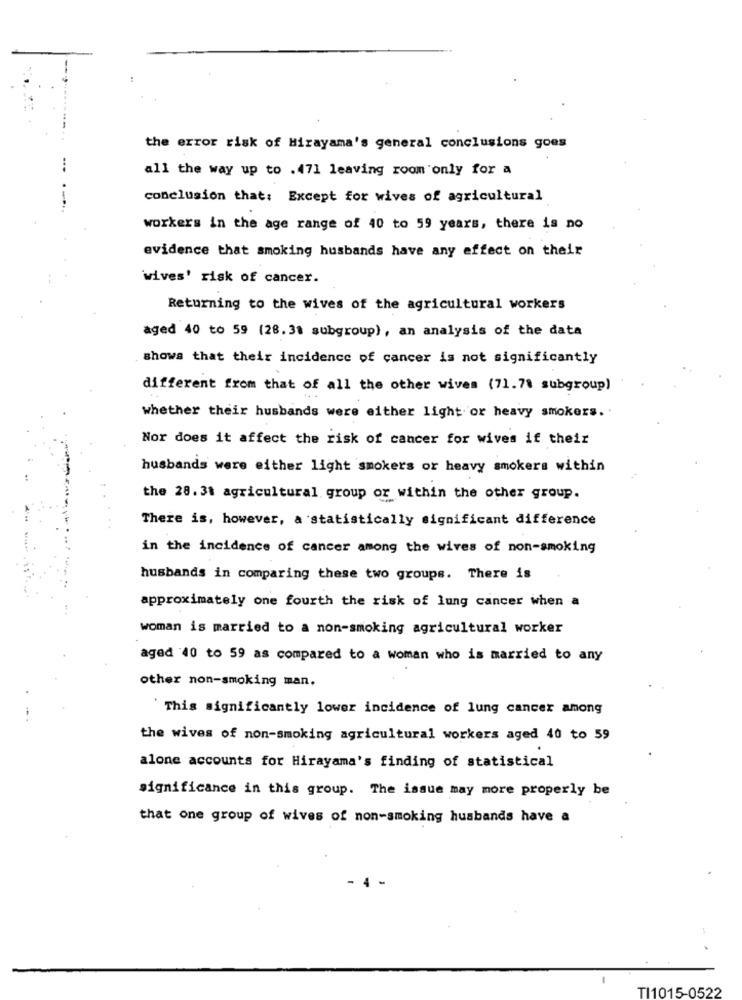
the error risk of Hirayama's general conclusions goes
all the way up to .471 leaving room only for a
conclusion that: Except for wives of agricultural
-
workers in the age range of 40 to 59 years, there is no
evidence that smoking husbands have any effect on their
wives' risk of cancer.
Returning to the wives of the agricultural workers
aged 40 to 59 (28.38 subgroup), an analysis of the data
shows that their incidence of cancer is not significantly
different from that of all the other wives (71.78 subgroup)
whether their husbands were either light or heavy smokers ..
Nor does it affect the risk of cancer for wives if their
husbands were either light smokers or heavy smokers within
the 28. 31 agricultural group or within the other group.
There is, however, a statistically significant difference
in the incidence of cancer among the wives of non-smoking
husbands in comparing these two groups. There is
approximately one fourth the risk of lung cancer when a
woman is married to a non-smoking agricultural worker
aged 40 to 59 as compared to a woman who is married to any
other non-smoking man.
This significantly lower incidence of lung cancer among
the wives of non-smoking agricultural workers aged 40 to 59
alone accounts for Hirayama's finding of statistical
significance in this group. The issue may more properly be
that one group of wives of non-smoking husbands have a
TI1015-0522